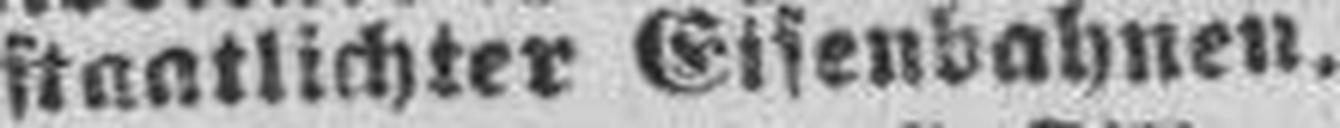
staatlichter Eisenbahnen.